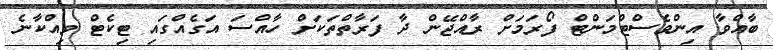
ބާއްވާ އިންވެސްޓްމަންޓް ފޯރަމަށް ރާއްޖޭން ދާ ފަރާތްތަކަށް ހާއްސަ އަގެއްގައި ޓިކެޓް ވިއްކާނެ